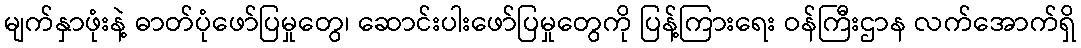
မျက်နှာဖုံးနဲ့ ဓာတ်ပုံဖော်ပြမှုတွေ၊ ဆောင်းပါးဖော်ပြမှုတွေကို ပြန့်ကြားရေး ဝန်ကြီးဌာန လက်အောက်ရှိ